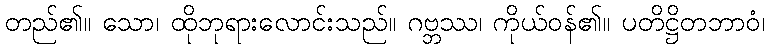
တည်၏။ သော၊ ထိုဘုရားလောင်းသည်။ ဂဗ္ဘဿ၊ ကိုယ်ဝန်၏။ ပတိဋ္ဌိတဘာဝံ၊